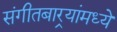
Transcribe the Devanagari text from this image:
संगीतबार्‍यांमध्ये